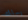
يسلك